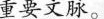
重要文脉。